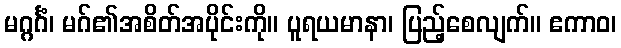
မဂ္ဂင်္ဂံ၊ မဂ်၏အစိတ်အပိုင်းကို။ ပူရယမာနာ၊ ပြည့်စေလျက်။ ဧကာဝ၊